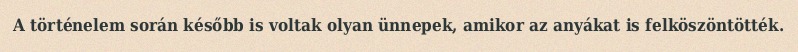
A történelem során később is voltak olyan ünnepek, amikor az anyákat is felköszöntötték.